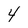
Character: 4